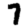
Digit: 7